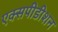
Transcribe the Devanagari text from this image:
एक्सपीडीशन